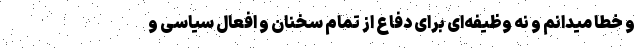
و خطا میدانم و نه وظیفه‌ای برای دفاع از تمام سخنان و افعال سیاسی و